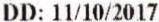
DD: 11/10/2017